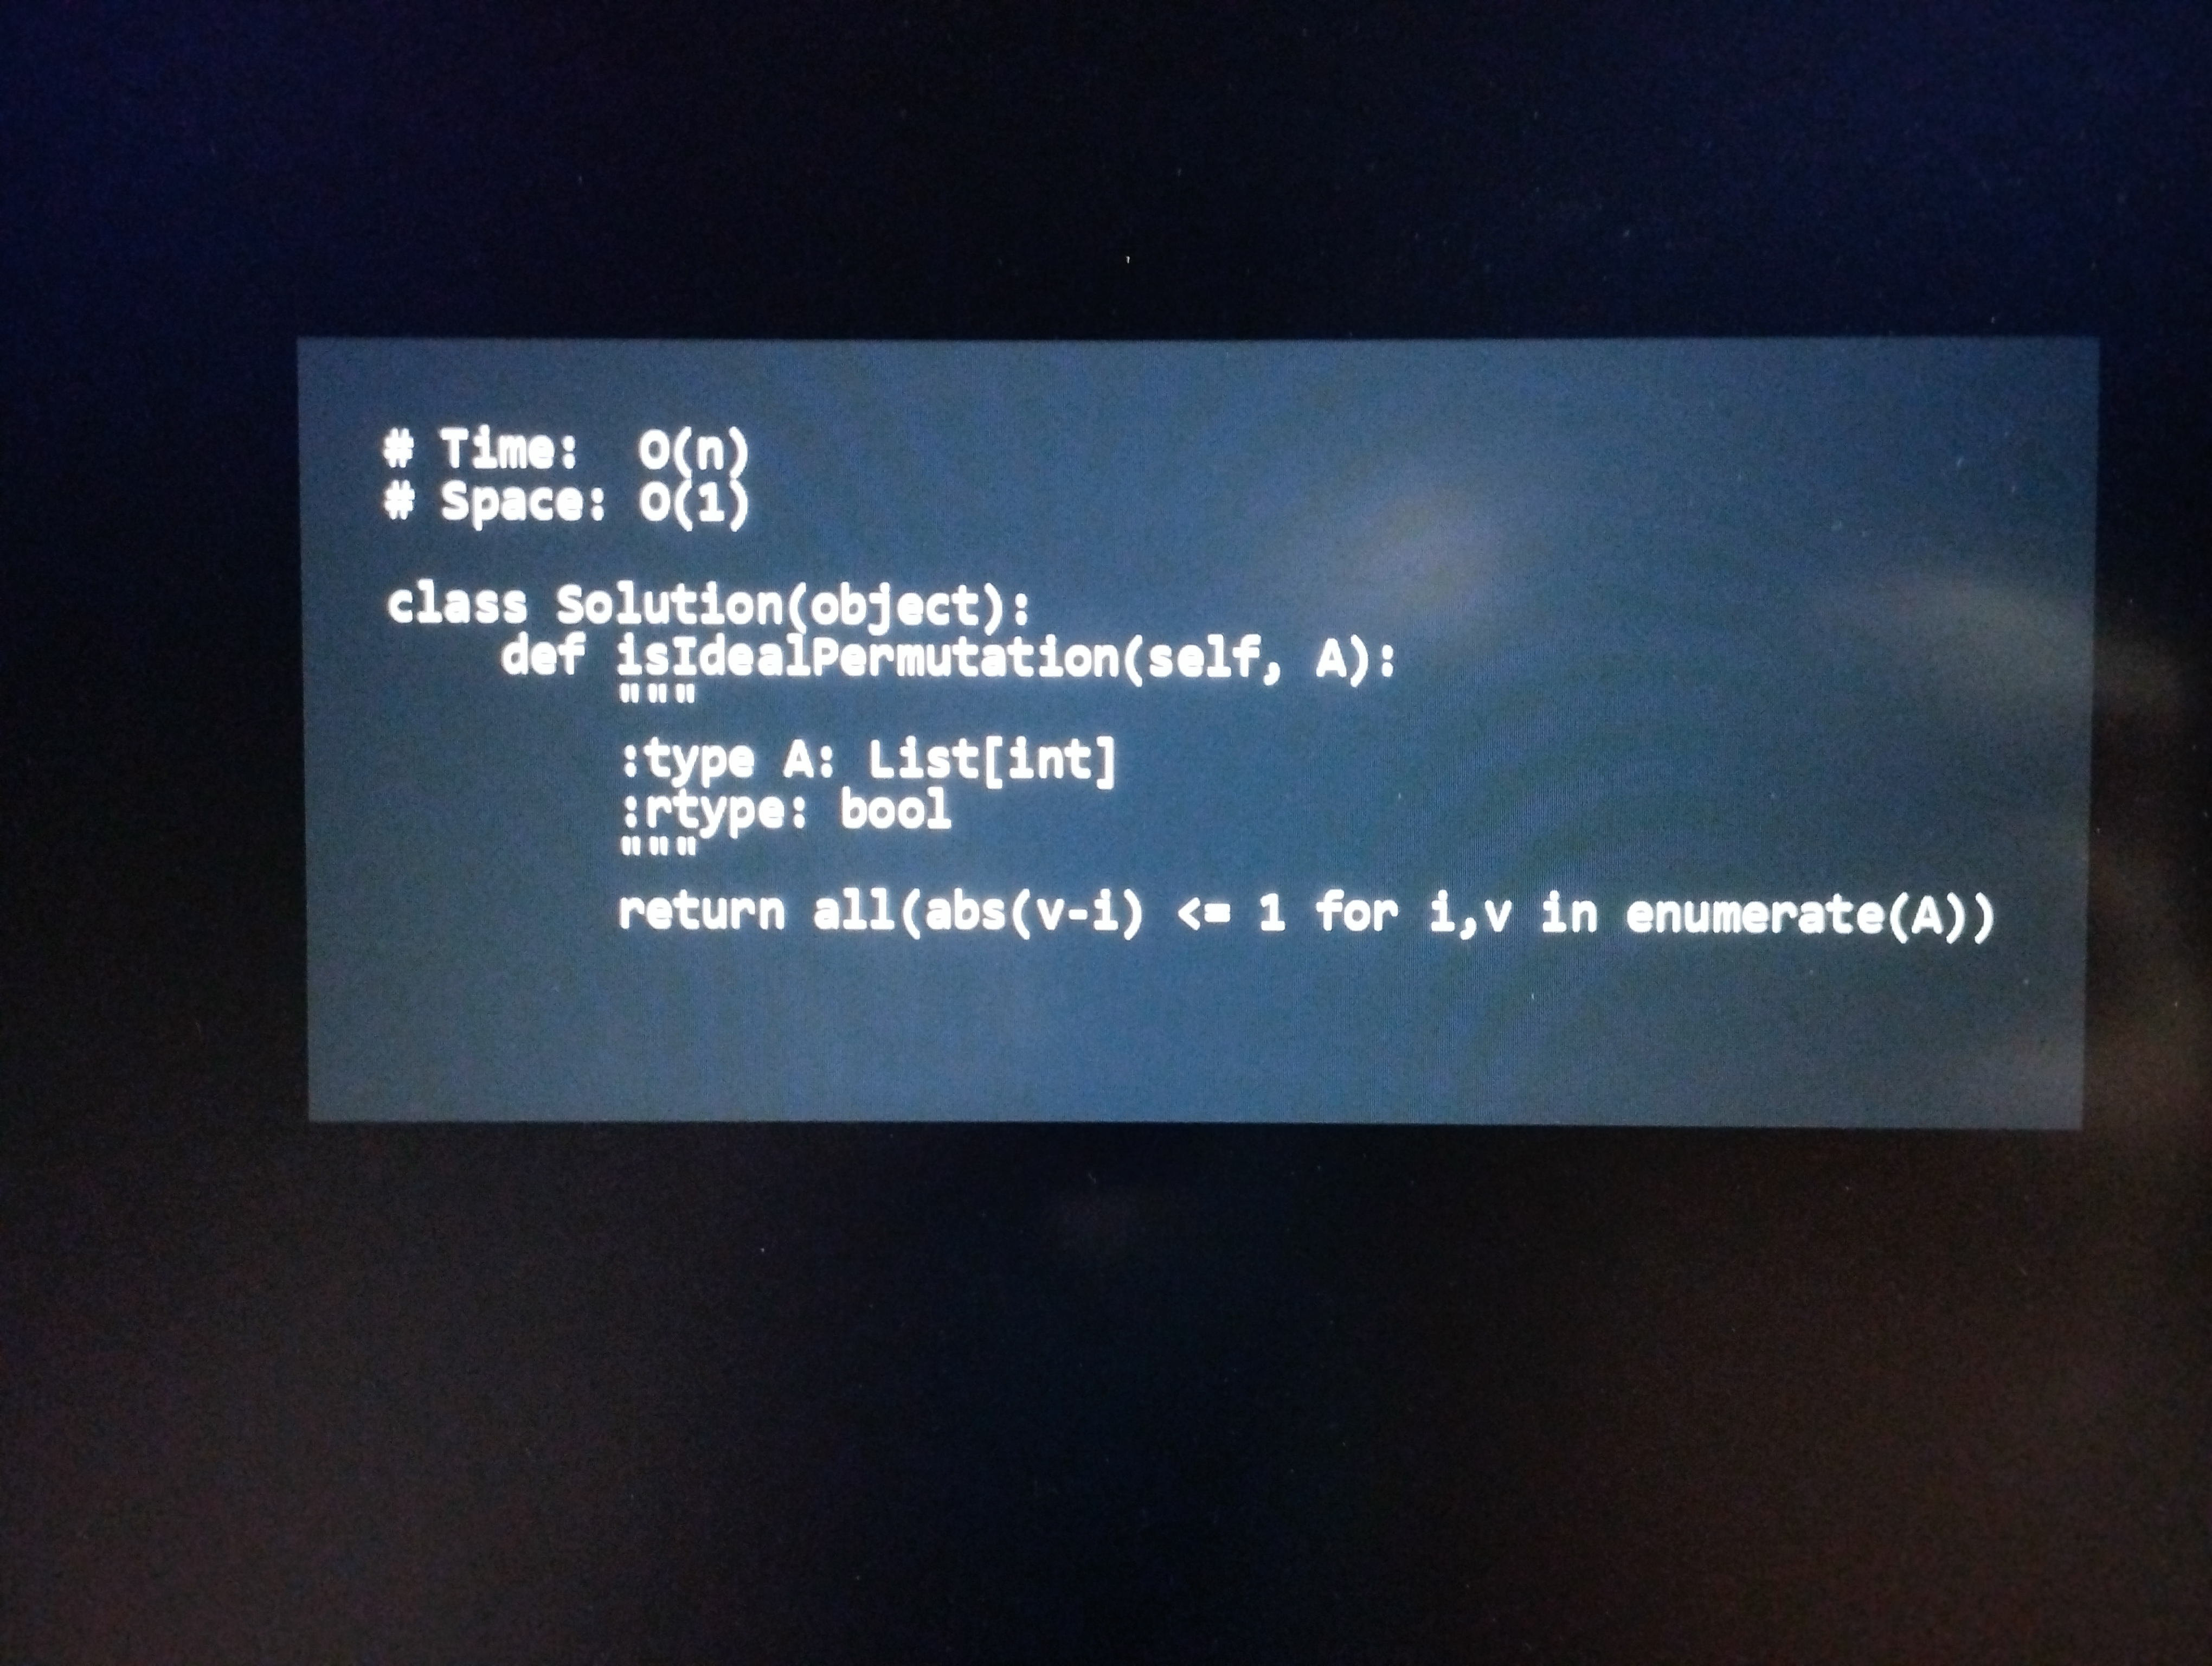
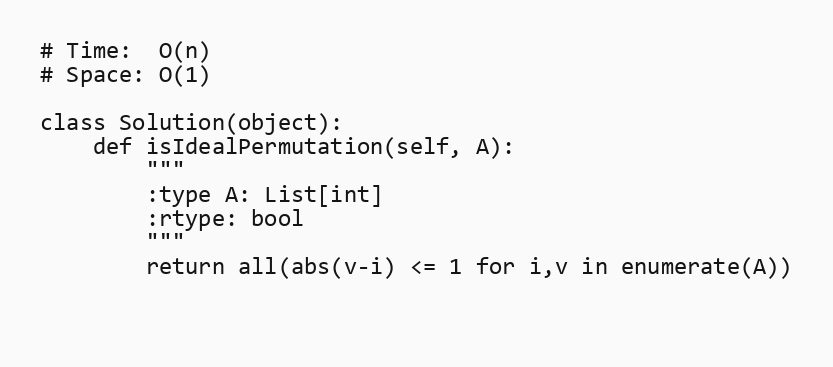
# Time:  O(n)
# Space: O(1)

class Solution(object):
    def isIdealPermutation(self, A):
        """
        :type A: List[int]
        :rtype: bool
        """
        return all(abs(v-i) <= 1 for i,v in enumerate(A))